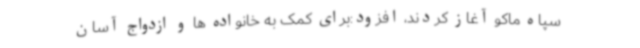
سپاه ماکو آغاز کردند، افزود:برای کمک به خانواده ها و ازدواج آسان